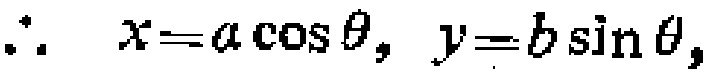
\[\therefore\ x = a\cos\theta,\ y = b\sin\theta,\]